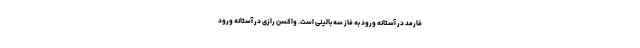
فارمد در آستانه ورود به فاز سه بالینی است. واکسن رازی در آستانه ورود